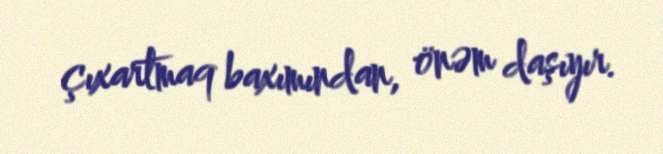
çıxartmaq baxımından, önəm daşıyır.